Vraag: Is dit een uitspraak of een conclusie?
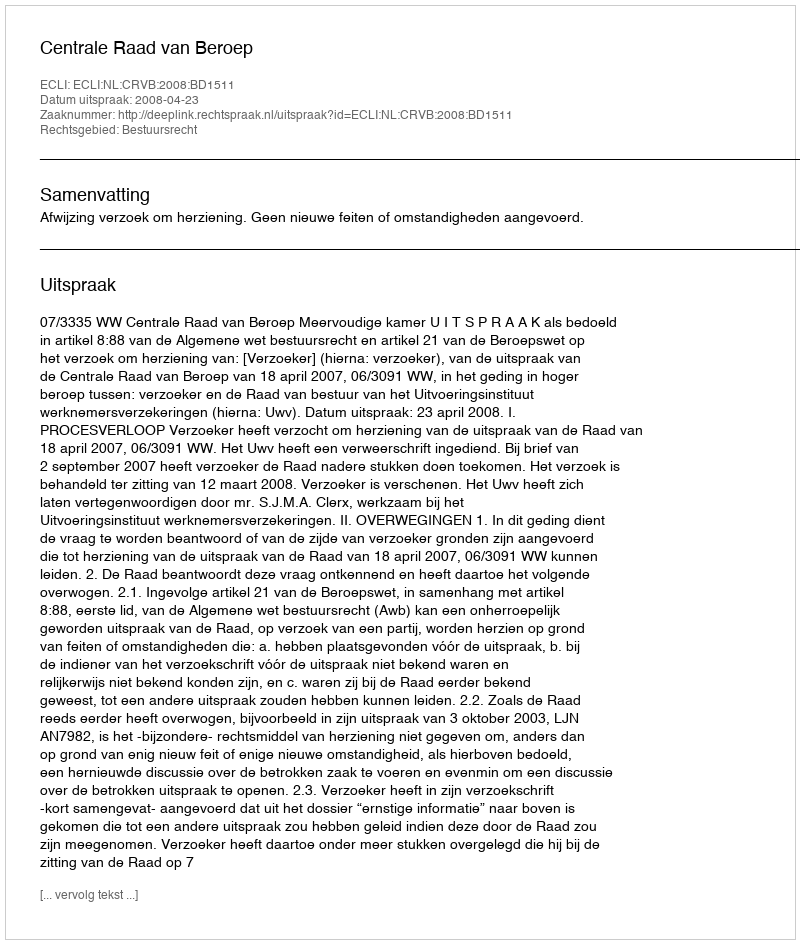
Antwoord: Uitspraak